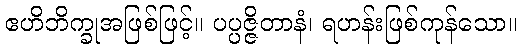
ဧဟိဘိက္ခုအဖြစ်ဖြင့်။ ပပ္ပဇ္ဇိတာနံ၊ ရဟန်းဖြစ်ကုန်သော။